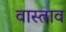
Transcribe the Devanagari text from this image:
वास्ताव